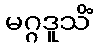
မဂ္ဂဒူသိံ